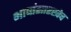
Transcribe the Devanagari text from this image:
भाषांसारखेच